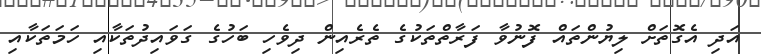
އަދި އެގޮތަށް ލިޔުންތައް ފޮނުވާ ފަރާތްތަކުގެ ތެރެއިން ދިވެހި ބަހުގެ ގަވައިދުތަކާއި ހަމަތަކާއި